Riigikantselei, lk 48
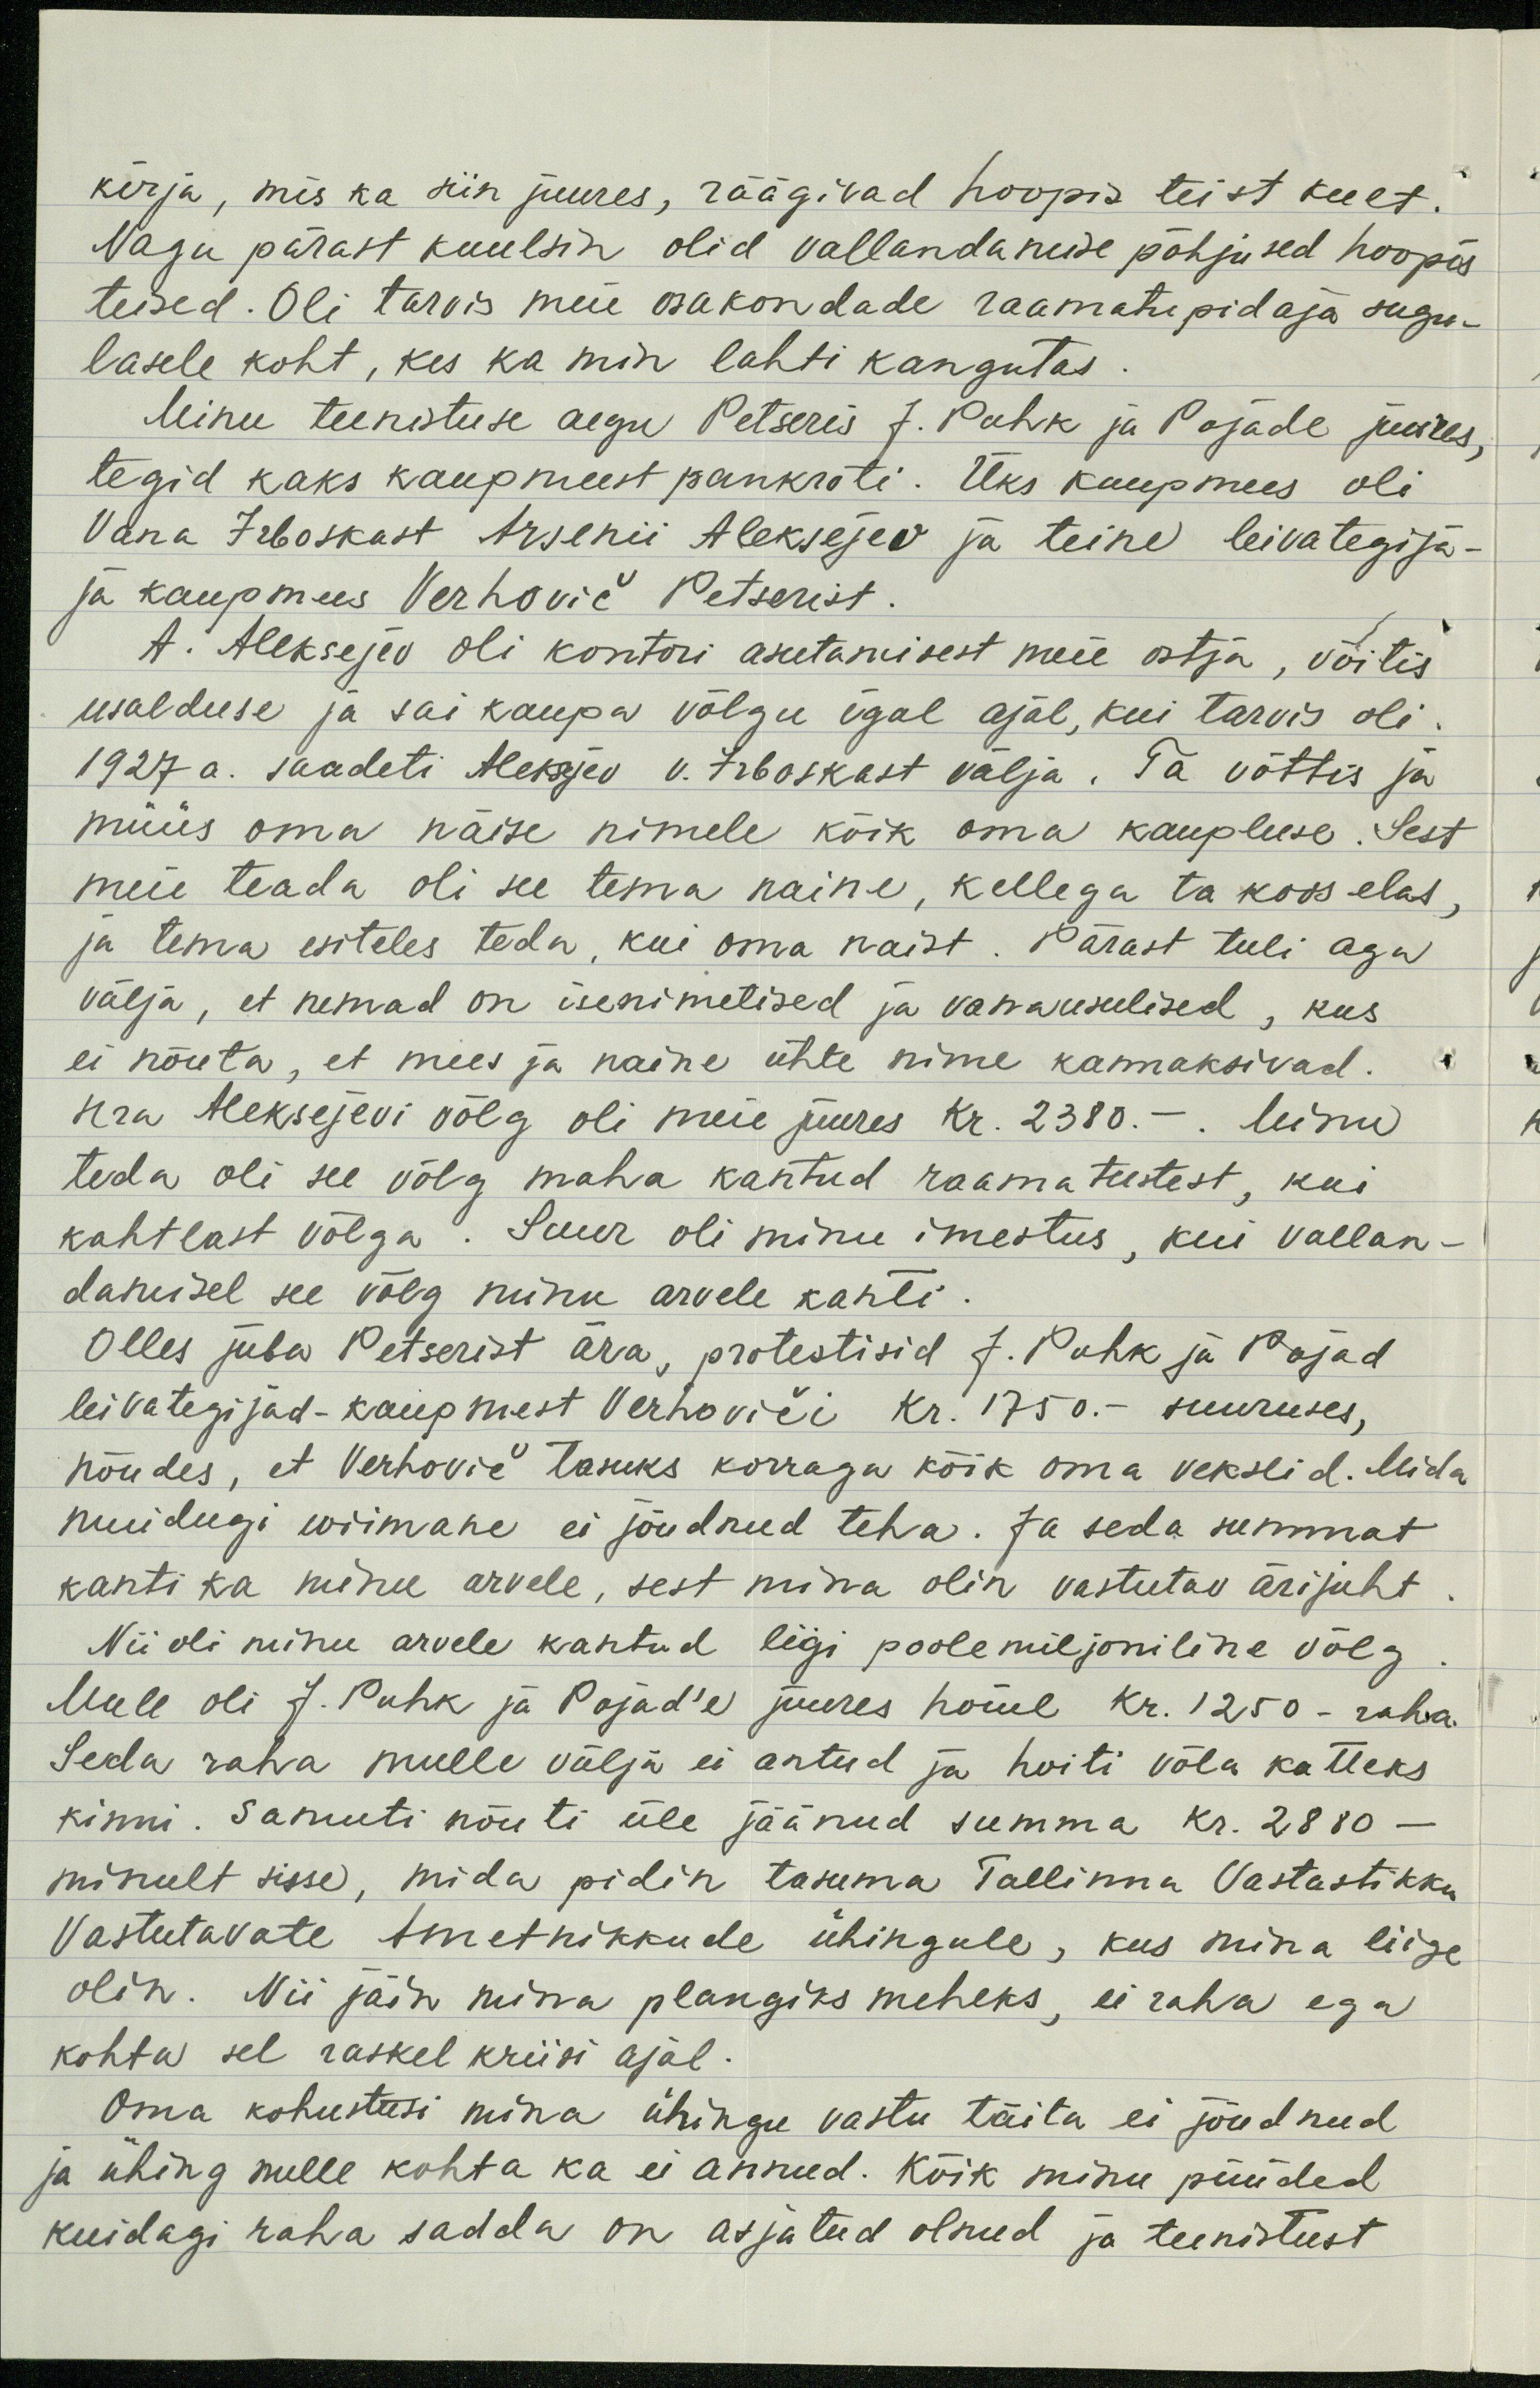
kirja, mis ka siin juures, räägivad hoopis teist keelt.
Nagu pärast kuulsin olid vallandanute põhjused hoopis-
teised. Oli tarvis meie osakondade raamatupidaja sugu-
lasele koht, kes ka min lahti kangutas.
Minu teenistuse aegu Petseris J. Puhk ja Pojade juures,
tegid kaks kaupmeest pankroti. Üks kaupmees oli
Vana Irboskast Arsenii Aleksejev ja teine leivategija-
ja kaupmees Verhovic Petserist.
A. Aleksejev oli kontori asutamisest meie ostja, võitis
usalduse ja sai kaupa võlgu igal ajal, kui tarvis oli.
1927 a. Saadeti Alekzlev v. Irboskast välja. Ta võttis ja
müüs oma näise nimele kõik oma kaupluse. Sest
meie teada oli see tema naine, kellega ta koos elas,
ja tema esiteles teda, kui oma naist. Pärast tuli aga
välja, et nemad on isenimetised ja vanausulised, kus
ei nõuta, et mees ja naine ühte nime kannaksivad.
Hra Aleksejevi võlg oli meie juures kr. 2380.- Minu
teda oli see võlg maha kantud raamatustest, kui
kahtlast võlga. Suur oli minu imestus, kui vallan-
damisel see võlg minu arvele kahti
Olles juba Petserist ära, protestisid J. Puhk ja Pojad
leivategijad-kaupmest Verhovici kr. 1750.- suuruses,
nõudes, et Verhovic tasuks korraga kõik oma vekslid. Mida
muidugi wiimane ei jõudnud teha. Ja seda summat
kanti ka minu arvele, sest mina olin vastutav ärijuht
Nii oli minu arvele kantud ligi poolemiljoniline võlg
Mule oli J. Puhk ja Pojad'e juures hoiul kr. 1250- raha.
Seda raha mulle välja ei antud ja hoiti võla katteks
kinni. Samuti nõuti üle jäänud summa kr. 2880 -
minult sisse, mida pidin tasuma Tallinna Vastastikku
Vastutavate Ametnikkude ühingule, kus mina liige
olin. Nii jäin mina plangiks meheks, ei raha ega
kohta sel raskel kriisi ajal.
Oma kohustusi mina ühingu vastu täita ei jõudnud
ja ühing mule kohta ka ei annud. Kõik minu püüded
kuidagi raha sadda on asjatud olnud ja teenistust